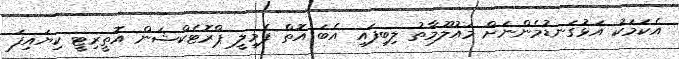
އެކަމަކު އަޅުގަނޑުމެންނަށް މައުލޫމާތު ލިބިފައި އެބަ އޮތް ފެމިލީ ޕްރޮޓެކްޝަން އޮތީރިޓީ ކިޔައިފަ